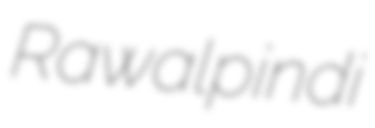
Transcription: Rawalpindi